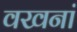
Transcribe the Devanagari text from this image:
वखनां